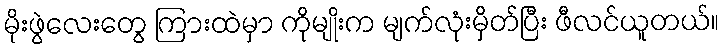
မိုးဖွဲလေးတွေ ကြားထဲမှာ ကိုမျိုးက မျက်လုံးမှိတ်ပြီး ဖီလင်ယူတယ်။